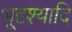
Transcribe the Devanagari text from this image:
भूदृश्यादि